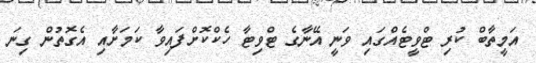
އަމީތާބް ކުރި ޓްވީޓެއްގައި ވަނީ އޭނާގެ ޓްވިޓާ ހެކްކޮށްފައިވާ ކަމަށާއި އެގޮތުން ގިނަ